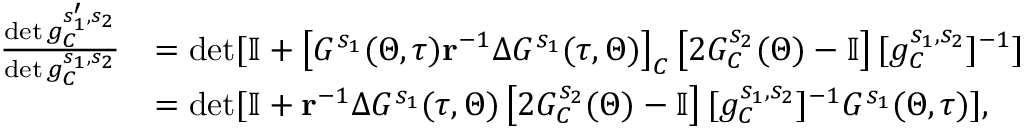
\begin{array} { r l } { \frac { \det g _ { C } ^ { s _ { 1 } ^ { \prime } , s _ { 2 } } } { \det g _ { C } ^ { s _ { 1 } , s _ { 2 } } } } & { = \operatorname* { d e t } [ \mathbb { I } + \left[ G ^ { s _ { 1 } } ( \Theta , \tau ) \mathbf { r } ^ { - 1 } \Delta G ^ { s _ { 1 } } ( \tau , \Theta ) \right] _ { C } \left[ 2 G _ { C } ^ { s _ { 2 } } ( \Theta ) - \mathbb { I } \right] [ g _ { C } ^ { s _ { 1 } , s _ { 2 } } ] ^ { - 1 } ] } \\ & { = \operatorname* { d e t } [ \mathbb { I } + \mathbf { r } ^ { - 1 } \Delta G ^ { s _ { 1 } } ( \tau , \Theta ) \left[ 2 G _ { C } ^ { s _ { 2 } } ( \Theta ) - \mathbb { I } \right] [ g _ { C } ^ { s _ { 1 } , s _ { 2 } } ] ^ { - 1 } G ^ { s _ { 1 } } ( \Theta , \tau ) ] , } \end{array}